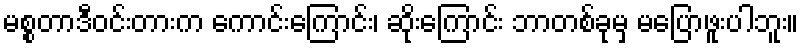
မစ္စတာဒီဝင်းတားက ကောင်းကြောင်း၊ ဆိုးကြောင်း ဘာတစ်ခုမှ မပြောဖူးပါဘူး။